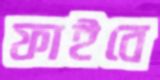
ফাইবে